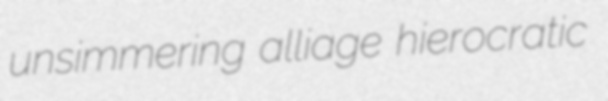
unsimmering alliage hierocratic